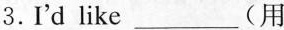
3. I'd like ___(用